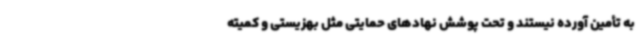
به تأمین آورده نیستند و تحت پوشش نهادهای حمایتی مثل بهزیستی و کمیته